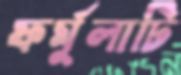
ফর্মুলাটি